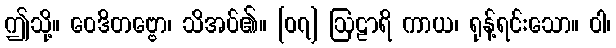
ဤသို့။ ဝေဒိတဗ္ဗော၊ သိအပ်၏။ [၀၇] ဩဠာရိ ကာယ၊ ရုန့်ရင်းသော။ ဝါ၊